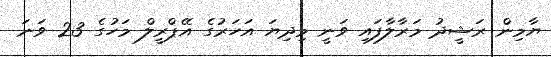
ޔާމިން ރަޝީދު މަރާލާފައި ވަނީ މިދިޔަ އަހަރުގެ އޭޕްރީލް މަހުގެ 23 ވަނަ